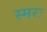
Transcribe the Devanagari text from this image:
स्मरः